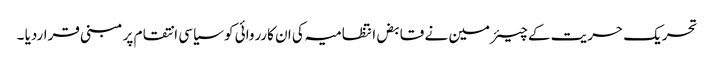
تحریک حریت کے چیئرمین نے قابض انتظامیہ کی ان کارروائی کو سیاسی انتقام پر مبنی قراردیا ۔